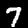
Digit: 7